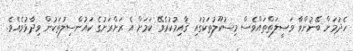
ހެދުމަށް ބޭނުންވާ ވަޞީލަތްތައްވެސް މިސުކޫލުތަކުގައި ޤާއިމުކުރެވޭ ކަމަށް އެ ރަށްރަށުގެ ކައުންސިލުތަކުން ވިދާޅުވެއެވެ.